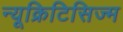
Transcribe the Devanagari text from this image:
न्यूक्रिटिसिज्म